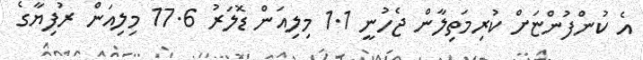
އެ ކުންފުންޏަށް ކުރިމަތިލާން ޖެހުނީ 1.1 މިލިއަން ޑޮލަރު 17.6 މިލިއަން ރުފިޔާގެ